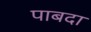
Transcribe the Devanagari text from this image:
पाबदा